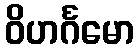
ဝိဟင်္ဂမော